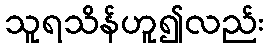
သူရသိန်ဟူ၍လည်း